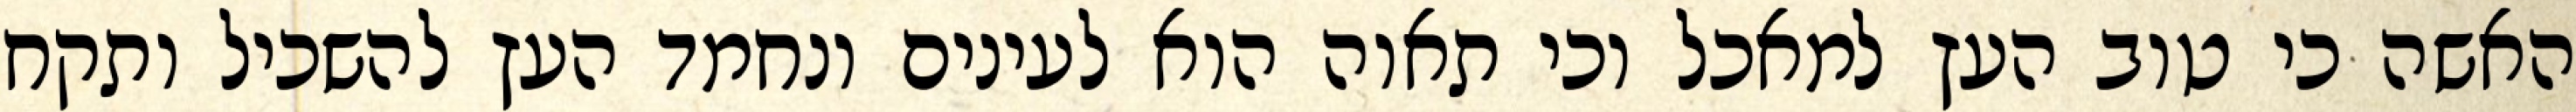
האשה כי טוב העץ למאכל וכי תאוה הוא לעינים ונחמד העץ להשכיל ותקח